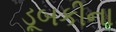
ડૂબકીના